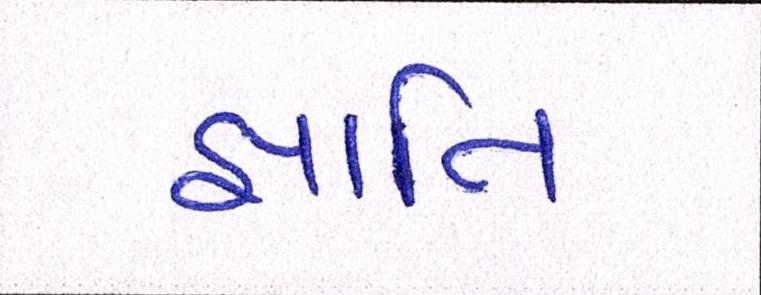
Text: જ્ઞાાતિ